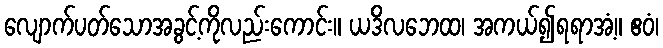
လျောက်ပတ်သောအခွင့်ကိုလည်းကောင်း။ ယဒိလဘေထ၊ အကယ်၍ရရာအံ့။ ဧဝံ၊